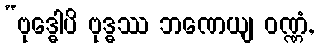
“ဗုဒ္ဓေါပိ ဗုဒ္ဓဿ ဘဏေယျ ဝဏ္ဏံ,